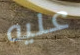
عليه